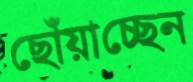
ছোঁয়াচ্ছেন